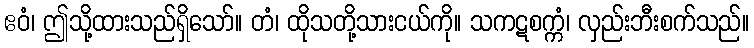
ဧဝံ၊ ဤသို့ထားသည်ရှိသော်။ တံ၊ ထိုသတို့သားငယ်ကို။ သကဋစက္ကံ၊ လှည်းဘီးစက်သည်။